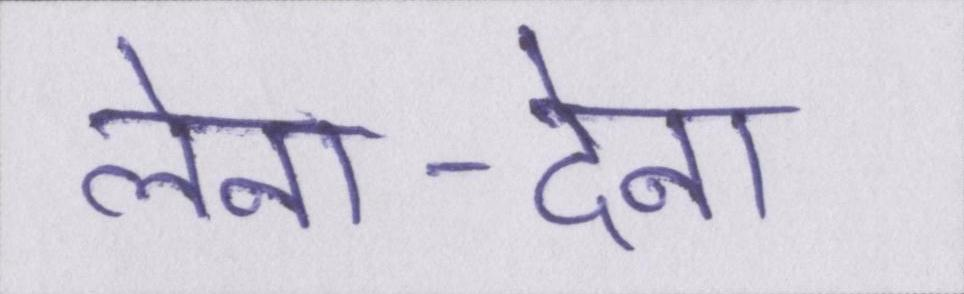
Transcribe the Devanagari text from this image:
लेना-देना